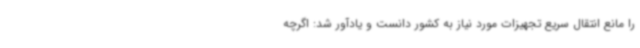
را مانع انتقال سریع تجهیزات مورد نیاز به کشور دانست و یادآور شد: اگرچه